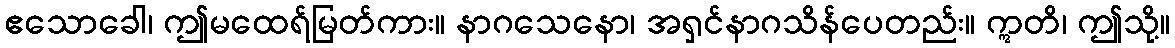
ဧသောခေါ၊ ဤမထေရ်မြတ်ကား။ နာဂသေနော၊ အရှင်နာဂသိန်ပေတည်း။ ဣတိ၊ ဤသို့။